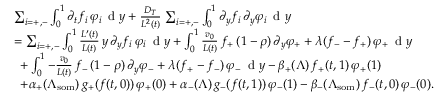
\begin{array} { r l } & { \sum _ { i = + , - } \int _ { 0 } ^ { 1 } \partial _ { t } f _ { i } \, \varphi _ { i } \, \textup { d } y + \frac { D _ { T } } { L ^ { 2 } ( t ) } \, \sum _ { i = + , - } \int _ { 0 } ^ { 1 } \partial _ { y } f _ { i } \, \partial _ { y } \varphi _ { i } \, \textup { d } y } \\ & { = \sum _ { i = + , - } \int _ { 0 } ^ { 1 } \frac { L ^ { \prime } ( t ) } { L ( t ) } \, y \, \partial _ { y } f _ { i } \, \varphi _ { i } \, \textup { d } y + \int _ { 0 } ^ { 1 } \frac { v _ { 0 } } { L ( t ) } \, f _ { + } \, ( 1 - \rho ) \, \partial _ { y } \varphi _ { + } + \lambda ( f _ { - } - f _ { + } ) \, \varphi _ { + } \, \textup { d } y } \\ & { \, \, \, + \int _ { 0 } ^ { 1 } - \frac { v _ { 0 } } { L ( t ) } \, f _ { - } \, ( 1 - \rho ) \, \partial _ { y } \varphi _ { - } + \lambda ( f _ { + } - f _ { - } ) \, \varphi _ { - } \, \textup { d } y - \beta _ { + } ( \Lambda ) \, f _ { + } ( t , 1 ) \, \varphi _ { + } ( 1 ) } \\ & { \, \, \, + \alpha _ { + } ( \Lambda _ { \mathrm { s o m } } ) \, g _ { + } ( \boldsymbol { f } ( t , 0 ) ) \, \varphi _ { + } ( 0 ) + \alpha _ { - } ( \Lambda ) \, g _ { - } ( \boldsymbol { f } ( t , 1 ) ) \, \varphi _ { - } ( 1 ) - \beta _ { - } ( \Lambda _ { \mathrm { s o m } } ) \, f _ { - } ( t , 0 ) \, \varphi _ { - } ( 0 ) . } \end{array}